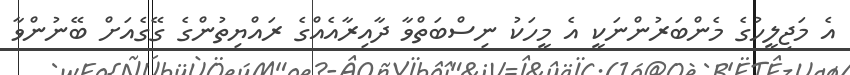
އެ މަޖިލީހުގެ މެންބަރުންނަކީ އެ މީހަކު ނިސްބަތްވާ ދާއިރާއެއްގެ ރައްޔިތުންގެ ގޭގެއަށް ބޭނުންވާ